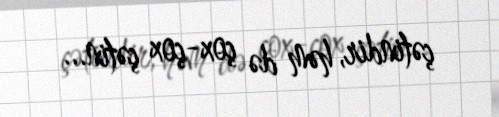
çətindir, həm də çox-çox çətin...